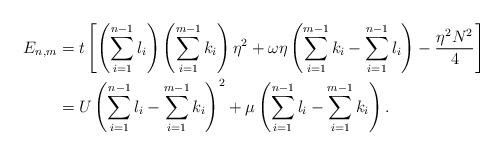
LaTeX: \begin{align*} E_{n,m} &= t\left[\left(\sum_{i=1}^{n-1}l_i\right)\left(\sum_{i=1}^{m-1}k_i\right)\eta^2+\omega \eta\left(\sum_{i=1}^{m-1}k_i-\sum_{i=1}^{n-1}l_i\right)-\frac{\eta^2 N^2}{4}\right] \\ &= U\left(\sum_{i=1}^{n-1}l_i-\sum_{i=1}^{m-1}k_i \right)^2 +\mu \left(\sum_{i=1}^{n-1}l_i-\sum_{i=1}^{m-1}k_i\right). \end{align*}